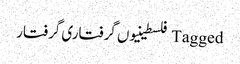
Tagged فلسطینیوں گرفتاری گرفتار